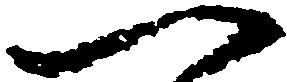
一